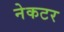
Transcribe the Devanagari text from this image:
नेकटर